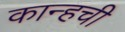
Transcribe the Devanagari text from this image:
कान्हची